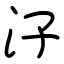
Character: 汓